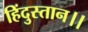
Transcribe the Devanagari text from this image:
हिंदुस्तान।।